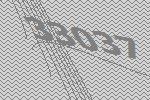
33037